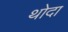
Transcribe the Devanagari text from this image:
थोदा